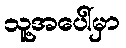
သူ့အပေါ်မှာ